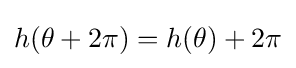
\displaystyle {h(\theta +2\pi )=h(\theta )+2\pi }